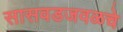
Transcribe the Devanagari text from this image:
सासवडजवळचे